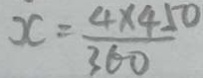
x = \frac { 4 \times 4 5 0 } { 3 6 0 }